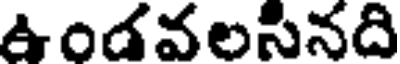
ఉండవలసినది